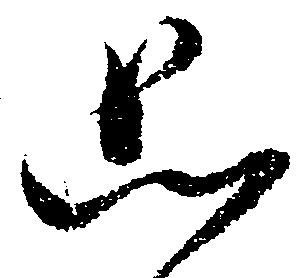
恐